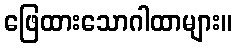
ဖြေထားသောဂါထာများ။